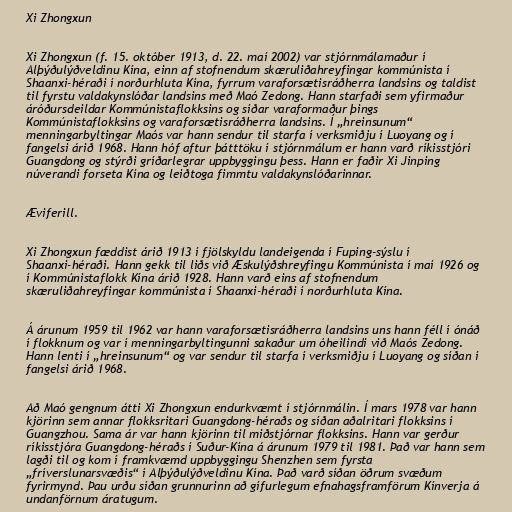
Xi Zhongxun

Xi Zhongxun (f. 15. október 1913, d. 22. maí 2002) var stjórnmálamaður í
Alþýðulýðveldinu Kína, einn af stofnendum skæruliðahreyfingar kommúnista í
Shaanxi-héraði í norðurhluta Kína, fyrrum varaforsætisráðherra landsins og taldist
til fyrstu valdakynslóðar landsins með Maó Zedong. Hann starfaði sem yfirmaður
áróðursdeildar Kommúnistaflokksins og síðar varaformaður þings
Kommúnistaflokksins og varaforsætisráðherra landsins. Í „hreinsunum“
menningarbyltingar Maós var hann sendur til starfa í verksmiðju í Luoyang og í
fangelsi árið 1968. Hann hóf aftur þátttöku í stjórnmálum er hann varð ríkisstjóri
Guangdong og stýrði gríðarlegrar uppbyggingu þess. Hann er faðir Xi Jinping
núverandi forseta Kína og leiðtoga fimmtu valdakynslóðarinnar.

Æviferill.

Xi Zhongxun fæddist árið 1913 í fjölskyldu landeigenda í Fuping-sýslu í
Shaanxi-héraði. Hann gekk til liðs við Æskulýðshreyfingu Kommúnista í maí 1926 og
í Kommúnistaflokk Kína árið 1928. Hann varð eins af stofnendum
skæruliðahreyfingar kommúnista í Shaanxi-héraði í norðurhluta Kína.

Á árunum 1959 til 1962 var hann varaforsætisráðherra landsins uns hann féll í ónáð
í flokknum og var í menningarbyltingunni sakaður um óheilindi við Maós Zedong.
Hann lenti í „hreinsunum“ og var sendur til starfa í verksmiðju í Luoyang og síðan í
fangelsi árið 1968.

Að Maó gengnum átti Xi Zhongxun endurkvæmt í stjórnmálin. Í mars 1978 var hann
kjörinn sem annar flokksritari Guangdong-héraðs og síðan aðalritari flokksins í
Guangzhou. Sama ár var hann kjörinn til miðstjórnar flokksins. Hann var gerður
ríkisstjóra Guangdong-héraðs í Suður-Kína á árunum 1979 til 1981. Það var hann sem
lagði til og kom í framkvæmd uppbyggingu Shenzhen sem fyrsta
„fríverslunarsvæðis“ í Alþýðulýðveldinu Kína. Það varð síðan öðrum svæðum
fyrirmynd. Þau urðu síðan grunnurinn að gífurlegum efnahagsframförum Kínverja á
undanförnum áratugum.